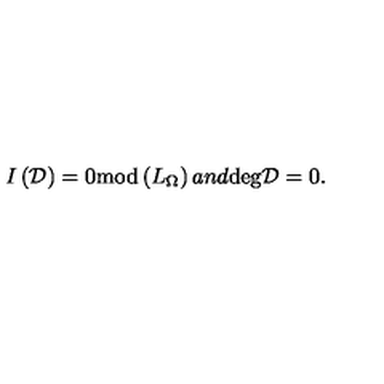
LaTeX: I \left( { \cal D } \right) = 0 \mathrm { m o d } \left( L _ { \Omega } \right) a n d \mathrm { d e g } { \cal D } = 0 .